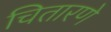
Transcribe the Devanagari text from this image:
चितारणे